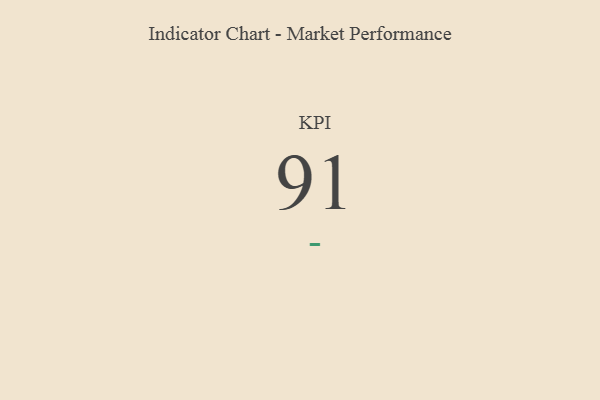
{"axis": {"x": "KPI", "y": "Value"}, "legend": [""], "data": [{"x": "KPI", "y": 91, "type": ""}]}